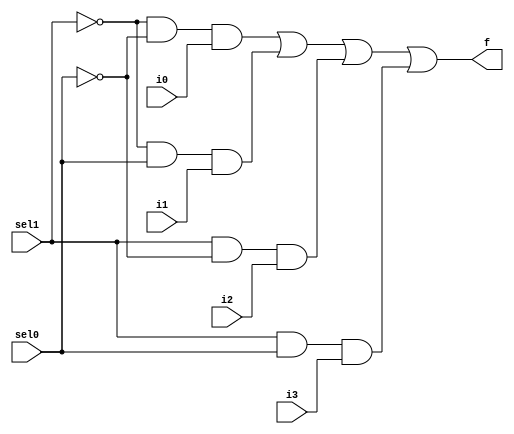
module mux4to1(sel1, sel0, i0, i1, i2, i3 , f);
  input sel1, sel0, i0, i1, i2, i3;
  output f;
  wire w1, w2, w3, w4, nsel1, nsel0;
  
  not(nsel1, sel1);
  not(nsel0, sel0);
  and(w1, nsel1, nsel0, i0);
  and(w2, nsel1, sel0, i1);
  and(w3, sel1, nsel0, i2);
  and(w4, sel1, sel0, i3);
  or(f, w1, w2, w3, w4);
  
endmodule